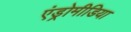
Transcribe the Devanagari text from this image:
एंड्रोमीडिया